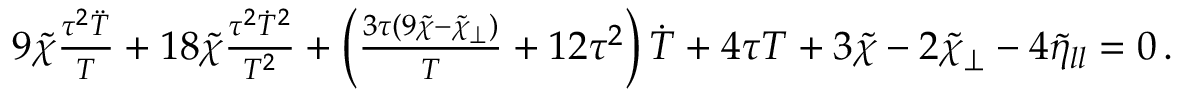
\begin{array} { r l r } & { } & { 9 \tilde { \chi } \frac { \tau ^ { 2 } \ddot { T } } { T } + 1 8 \tilde { \chi } \frac { \tau ^ { 2 } \dot { T } ^ { 2 } } { T ^ { 2 } } + \left( \frac { 3 \tau ( 9 \tilde { \chi } - \tilde { \chi } _ { \perp } ) } { T } + 1 2 \tau ^ { 2 } \right) \dot { T } + 4 \tau T + 3 \tilde { \chi } - 2 \tilde { \chi } _ { \perp } - 4 \tilde { \eta } _ { l l } = 0 \, . } \end{array}